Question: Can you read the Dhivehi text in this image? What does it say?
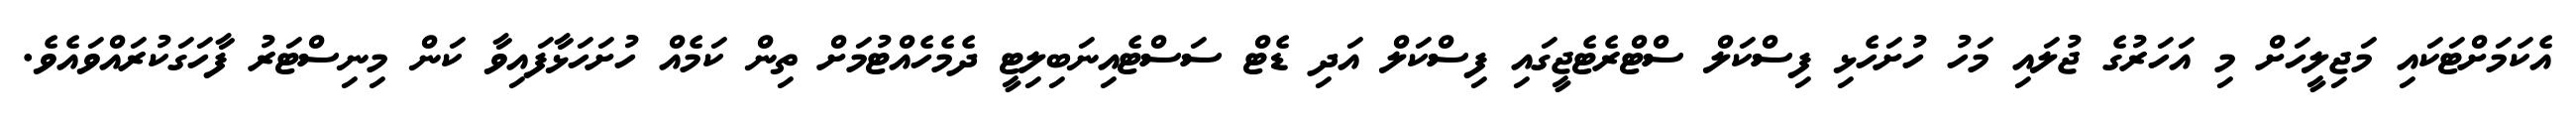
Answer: އެކަމަށްޓަކައި މަޖިލީހަށް މި އަހަރުގެ ޖުލައި މަހު ހުށަހެޅި ފިސްކަލް ސްޓްރެޓެޖީގައި ފިސްކަލް އަދި ޑެޓް ސަސްޓެއިނަބިލިޓީ ދެމެހެއްޓުމަށް ތިން ކަމެއް ހުށަހަޅާފައިވާ ކަން މިނިސްޓަރު ފާހަގަކުރައްވައެވެ.